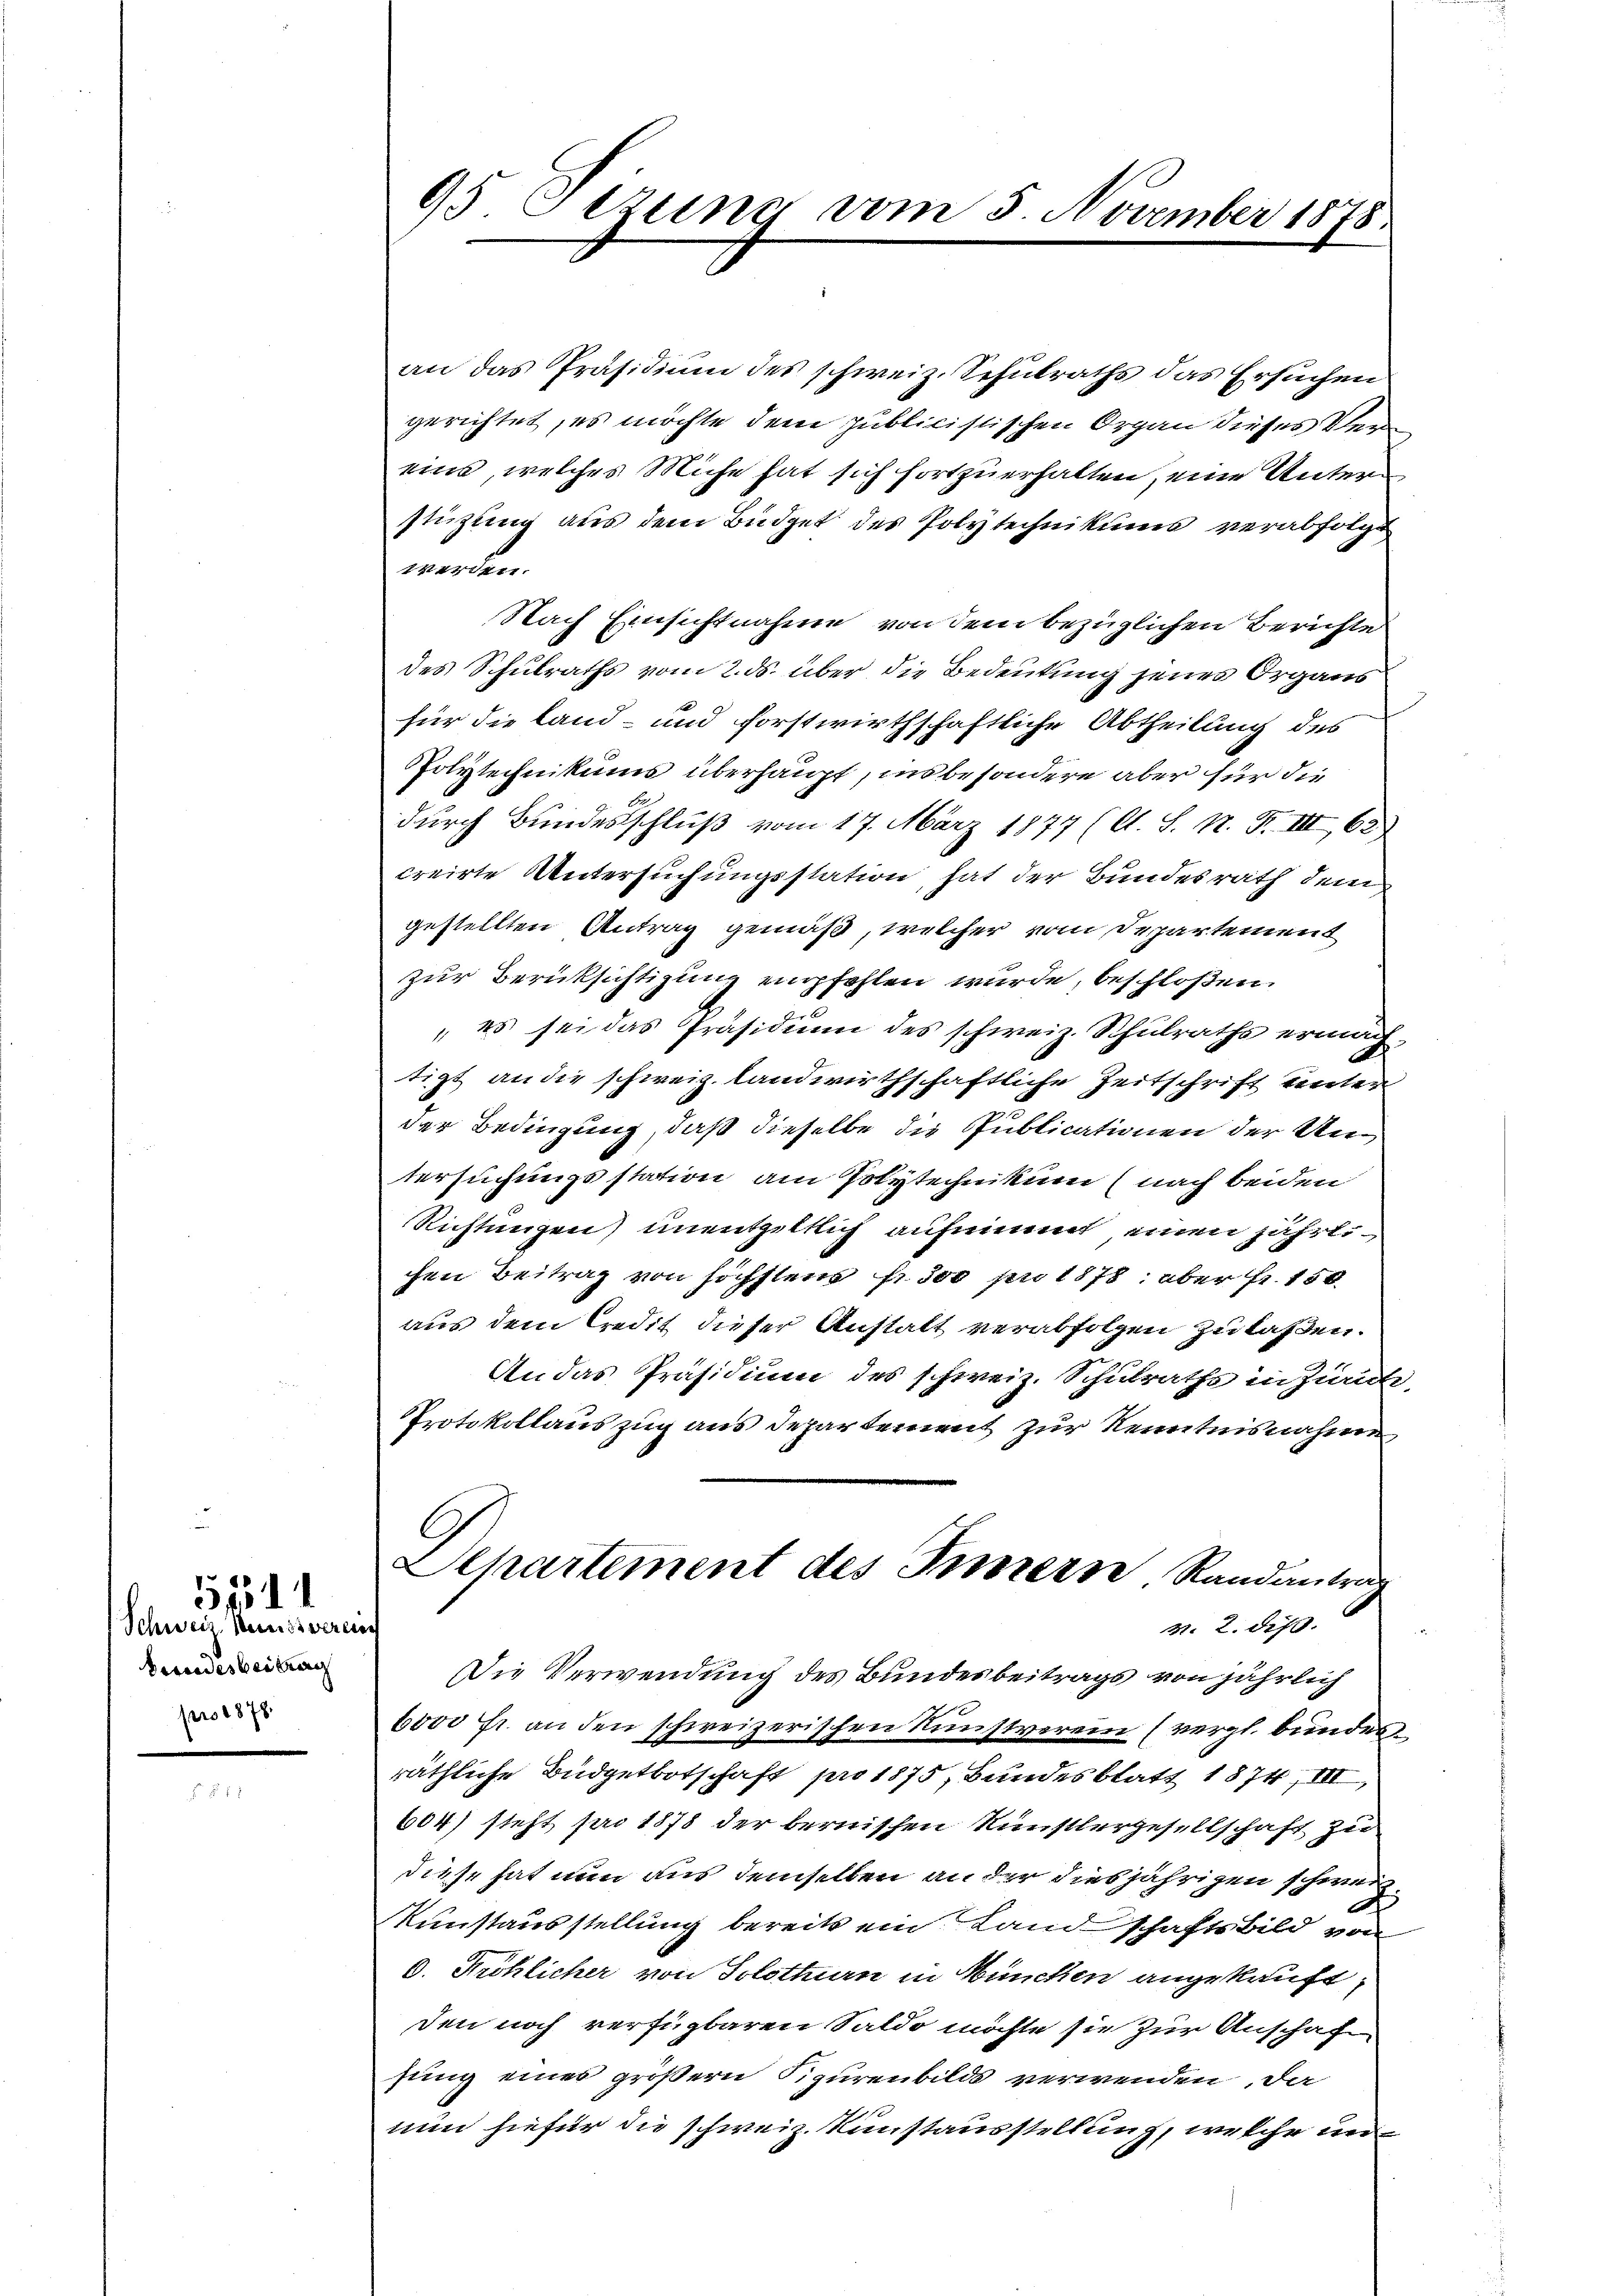
51311
Schweiz. Kunstverei
Besondesbeitung
pro 1878

95 Sizung vom 5. November 1878.

an das Präsidium des schweiz. Schulraths das Ersuchen
gerichtet, es möchte dem publicistischen Organ dieses Thei
eine, welches Miche hat sich fortzuerhalten, eine Unterstüzung aus dem Büdget des Polytechnikums verabfolgt
.
Nach Einsichtnahme von dem bezüglichen Berichte
des Schulraths vom 2. ds. über die Bedeutung jenes Organs
für die Land- und forstwirthschaftliche Abtheilung des
Polytechnikums überhaupt, insbesondere aber für die
durch Bundesschluß vom 17. März 1877 (lt. S. N. F. III 63
creirte Untersuchungsstation, hat der Bundesrath dem
gestellten Antrag gemäß, welcher vom Departement
zur Berücksichtigung empfehlen wurde, beschloßen
„es sei das Präsidium des schweiz. Schulraths ermachtigt an die schweiz. landwirthschaftliche Zeitschrift unter
der Bedingung, daß dieselbe die Publicationen der Untersuchungsstation am Polytechnikum (nach beiden
Richtungen) unentgeltlich aufnimmt einen jährlichen Beitrag von höchstens fr. 500 pr 1875. aber fr. 150
aus dem Credit dieser Anstalt verabfolgen zu laßen.
An das Präsidium des schweiz. Schulraths in Zürich,
Protokollauszug aus Departement zur Kenntnisnahme
Aepartement des Innern Randantrag
Nr. 2. diß.
i
Die Verwendung des Bundesbeitrags von jährlich
6000 Fr. an den schweizerischen Kunstverein (vergl. bunden.
räthliche Büdgetbotschaft pro 1875, Bundesblatt 1874, III,
604) steht pro 1878 der bernischen Künstlergesellschaft zu
diese hat nun aus demselben an der diesjährigen schweiz.
Kunstausstellung bereits ein Landschaftsbild von
0. Fröhlicher von Solothurn in München angekauft,
den noch verfügbaren Saldo möchte sie zur Anschaft
sung eines größern Sigurenbilds verwenden, da
nun hiefür die schweiz. Kunstausstellung, welche un